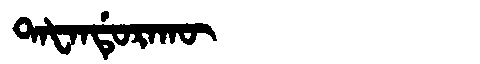
Manchu: ᡨᠠᡶᠠᠨᡩᡠᡵᠠᡴᡡ
Romanization: TAFANDURAKŪ